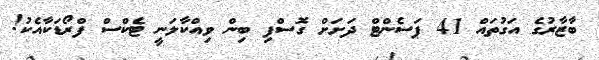
ބާޒާރުގެ އަގުތައް 41 ޕަސެންޓް ދަށަށް ގޮސްފި ބިން ވިއްކާލަނީ ޓެކްސް ފްރޯޑަކާއެކު!